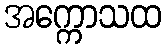
အက္ကောသထ